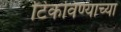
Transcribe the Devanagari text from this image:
टिकविण्याच्या